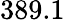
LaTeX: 389.1